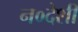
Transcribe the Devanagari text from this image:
न०देशी